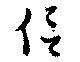
侶